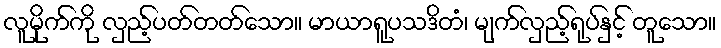
လူမိုက်ကို လှည့်ပတ်တတ်သော။ မာယာရူပသဒိတံ၊ မျက်လှည့်ရုပ်နှင့် တူသော။